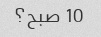
10 صبح؟